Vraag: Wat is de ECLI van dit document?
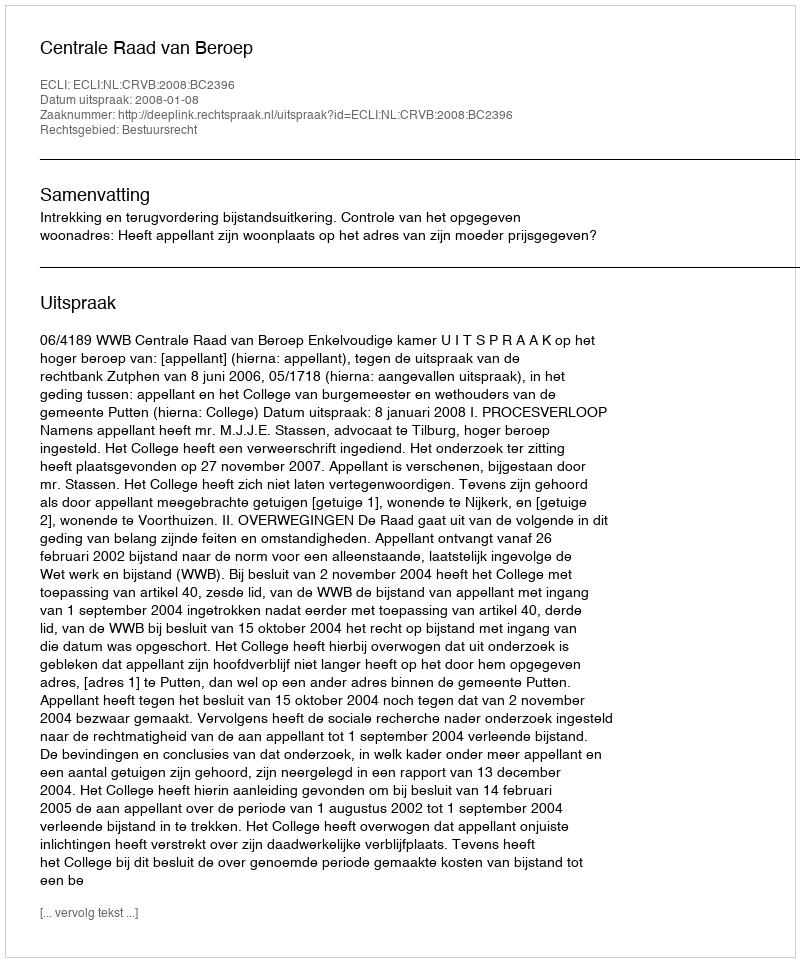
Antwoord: ECLI:NL:CRVB:2008:BC2396